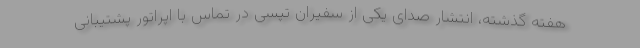
هفته گذشته، انتشار صدای یکی از سفیران تپسی در تماس با اپراتور پشتیبانی